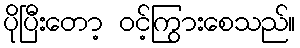
ပိုပြီးတော့ ဝင့်ကြွားစေသည်။